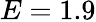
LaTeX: E=1.9